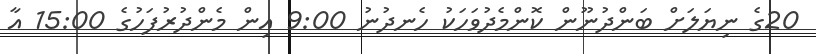
20ގެ ނިޔަލަށް ބަންދުނޫން ކޮންމެދުވަހަކު ހެނދުނު 9:00 އިން މެންދުރުފަހުގެ 15:00 އާ